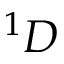
^ 1 D